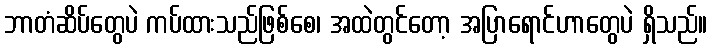
ဘာတံဆိပ်တွေပဲ ကပ်ထားသည်ဖြစ်စေ၊ အထဲတွင်တော့ အပြာရောင်ဟာတွေပဲ ရှိသည်။